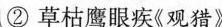
②草枯鹰眼疾《观猎》